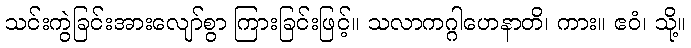
သင်းကွဲခြင်းအားလျော်စွာ ကြားခြင်းဖြင့်။ သလာကဂ္ဂါဟေနာတိ၊ ကား။ ဧဝံ၊ သို့။